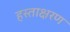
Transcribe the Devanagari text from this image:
हस्ताक्षरण